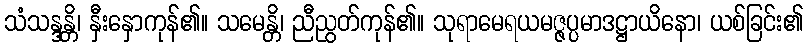
သံသန္ဒန္တိ၊ နှီးနှောကုန်၏။ သမေန္တိ၊ ညီညွတ်ကုန်၏။ သုရာမေရယမဇ္ဇပ္ပမာဒဋ္ဌာယိနော၊ ယစ်ခြင်း၏